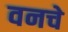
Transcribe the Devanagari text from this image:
वनचे